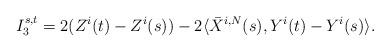
LaTeX: \begin{align*}I^{s,t}_3=2(Z^i(t)-Z^i(s))-2\langle \bar X^{i, N}(s), Y^i(t)-Y^i(s)\rangle.\end{align*}